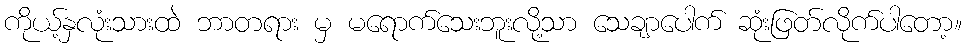
ကိုယ့်နှလုံးသားထဲ ဘာတရား မှ မရောက်သေးဘူးလို့သာ သေချာပေါက် ဆုံးဖြတ်လိုက်ပါတော့။